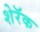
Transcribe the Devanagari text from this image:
शेरॅक